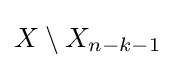
X\setminus X_{n-k-1}